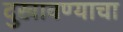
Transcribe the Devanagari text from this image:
दुखावण्याचा